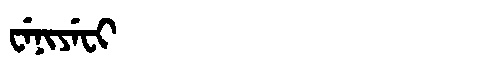
Manchu: ᠸᡝᠨᡳᠶᡝᠸᡳ
Romanization: WENIYEFI